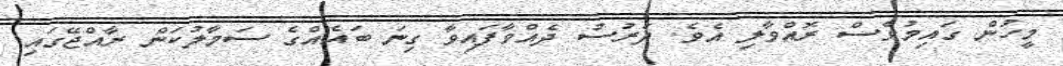
މީހުން ގައިމުވެސް ރޮއްވާލި އެވެ. ދަރުސު ދެއްވާފައިވާ ގިނަ ބަައެއްގެ ސަމާލުކަން ރާއްޖޭގައި